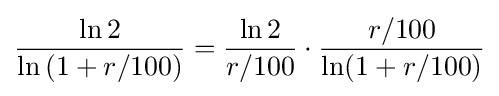
{\frac {\ln {2}}{\ln {(1+r/100)}}}={\frac {\ln 2}{r/100}}\cdot {\frac {r/100}{\ln(1+r/100)}}